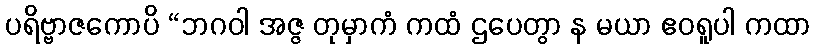
ပရိဗ္ဗာဇကောပိ “ဘဂဝါ အဇ္ဇ တုမှာကံ ကထံ ဌပေတွာ န မယာ ဧဝရူပါ ကထာ